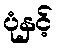
ပုံနှင့်